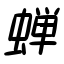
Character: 蝉